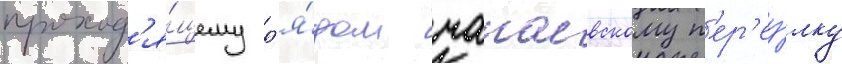
проход'я́щему р'я́дом чапаевскому п'ер'еу́лку